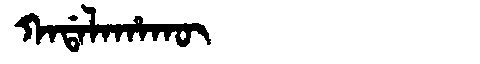
Manchu: ᡴᠠᡩᠠᠯᠠᡥᠠᡴᡡ
Romanization: KADALAHAKŪ